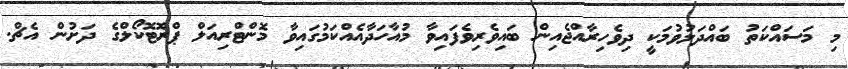
މި މަސައްކަތު ބައްދަލުވުމަކީ ދިވެހިރާއްޖެއިން ބައިވެރިވެފައިވާ މުއާހަދާއެއްކަމުގައިވާ މޮންޓްރިއަލް ޕްރޮޓޮކޯލްގެ ދަށުން އެޗް.